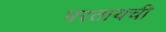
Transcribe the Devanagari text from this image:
परतायची